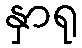
နှာရု